Newspaper: The Newtown bee.
Place of publication: Newtown, Conn.
Publisher: A.A. Bensel
Date: 1900-02-02 00:00:00
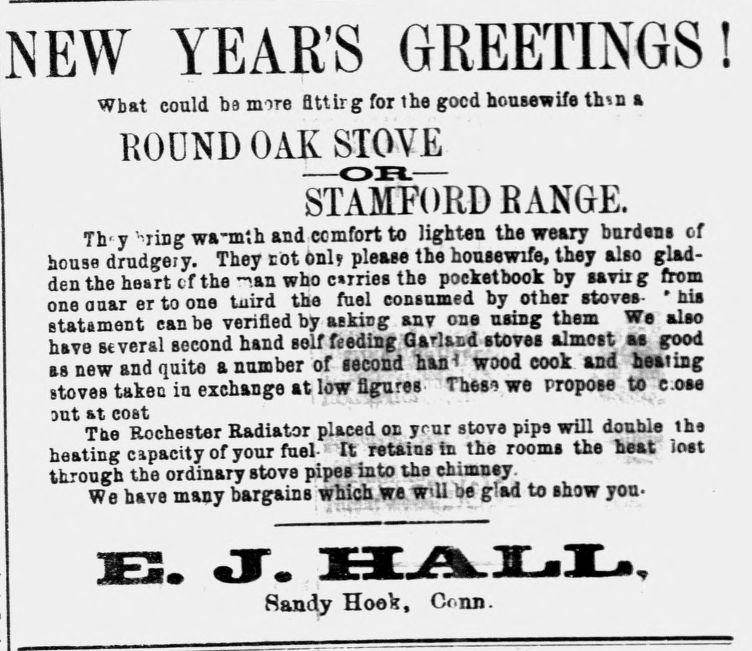
Advertisement text (OCR):
NEW YEAR'S GREETINGS What could bamore fittirg for the good housewife thin a ROUND OAK STOVE STAMFORD RANGE. Tlry vring wa-mih and comfort to lighten the weary hurdsns of house drudgeiy. They tot 6nl please the housewife, they also glad den the heart cfthe nan who ciries the poeketbook by saviig from one auar er to one tnird the fuel consumed by other stoves- his statament can be verified by asking any one using them We also have several second hand self feeding Garland stoves almost at good as new and quite a number of lecond 110.1' wood cook, and heating stoves taken iu exchange at low figrirei- "Thes we rropoee to e.ose 3ut at cost " ' ' The Rochester Radiator placed on yeur stove pipe win double the heating capacity of your fuel- It retains in the rooms the heat" lost throu gh the ordinary stove pipes into the chimney. We have many bargains which.We wU be glad to show you. 3E3. JTe. IHEair nTT Sandy Hoek, Genu. I
Label: text-only